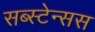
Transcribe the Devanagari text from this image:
सब्स्टेन्सस